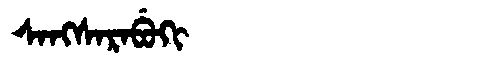
Manchu: ᠰᠠᠩᠰᠠᡵᠠᠪᡠᡴᡳ
Romanization: SANGSARABUKI